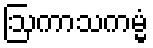
ဩကာသကမ္မံ